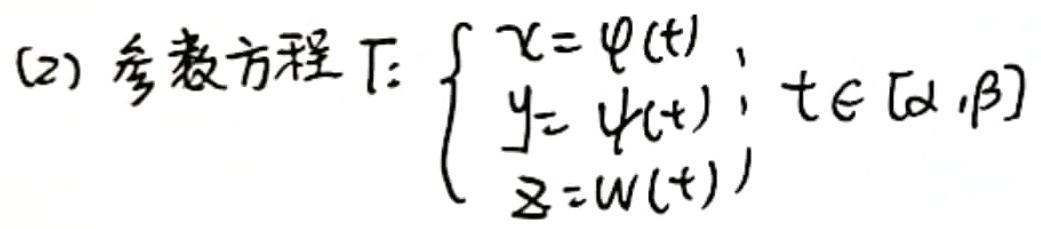
(2) 参数方程 $\Gamma$: $\begin{cases}
x = \varphi(t) \\
y = \psi(t) \\
z = \omega(t)
\end{cases}; t \in [\alpha,\beta]$